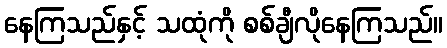
နေကြသည်နှင့် သထုံကို စစ်ချီလိုနေကြသည်။